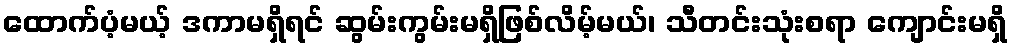
ထောက်ပံ့မယ့် ဒကာမရှိရင် ဆွမ်းကွမ်းမရှိဖြစ်လိမ့်မယ်၊ သီတင်းသုံးစရာ ကျောင်းမရှိ